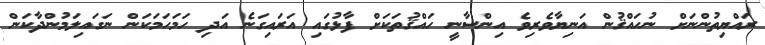
ރައްޔިތުންނަށް ނުހައްޤުން އަނިޔާވެރިވެ އިންސާނީ ހައްޤުތަކަށް ފާޅުގައި އަރައިގަނެ އަދި ހަމަހަމަކަން ނަގައިލަމުންދާކަން